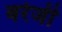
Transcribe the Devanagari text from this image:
बरेजी